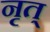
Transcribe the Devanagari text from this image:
नृत्